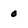
Character: 0